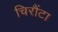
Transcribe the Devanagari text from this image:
चिरौंटा